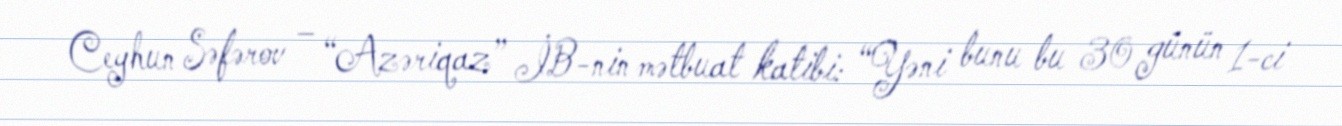
Ceyhun Səfərov – “Azəriqaz” İB-nin mətbuat katibi: “Yəni bunu bu 30 günün 1-ci